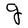
Character: g